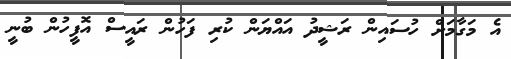
އެ މަގާމަށް ހުސައިން ރަޝީދު އައްޔަން ކުރި ފަހުން ރައީސް އޮފީހުން ބުނީ